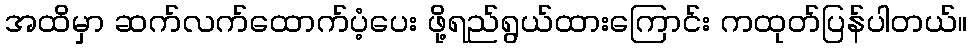
အထိမှာ ဆက်လက်ထောက်ပံ့ပေး ဖို့ရည်ရွယ်ထားကြောင်း ကထုတ်ပြန်ပါတယ်။